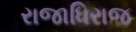
રાજાધિરાજ